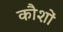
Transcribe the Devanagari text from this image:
कौशों